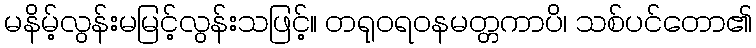
မနိမ့်လွန်းမမြင့်လွန်းသဖြင့်။ တရုဝရဝနမတ္တကာပိ၊ သစ်ပင်တော၏